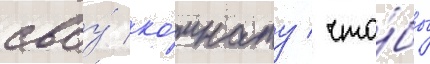
своу́ ко́мнату / что́бы